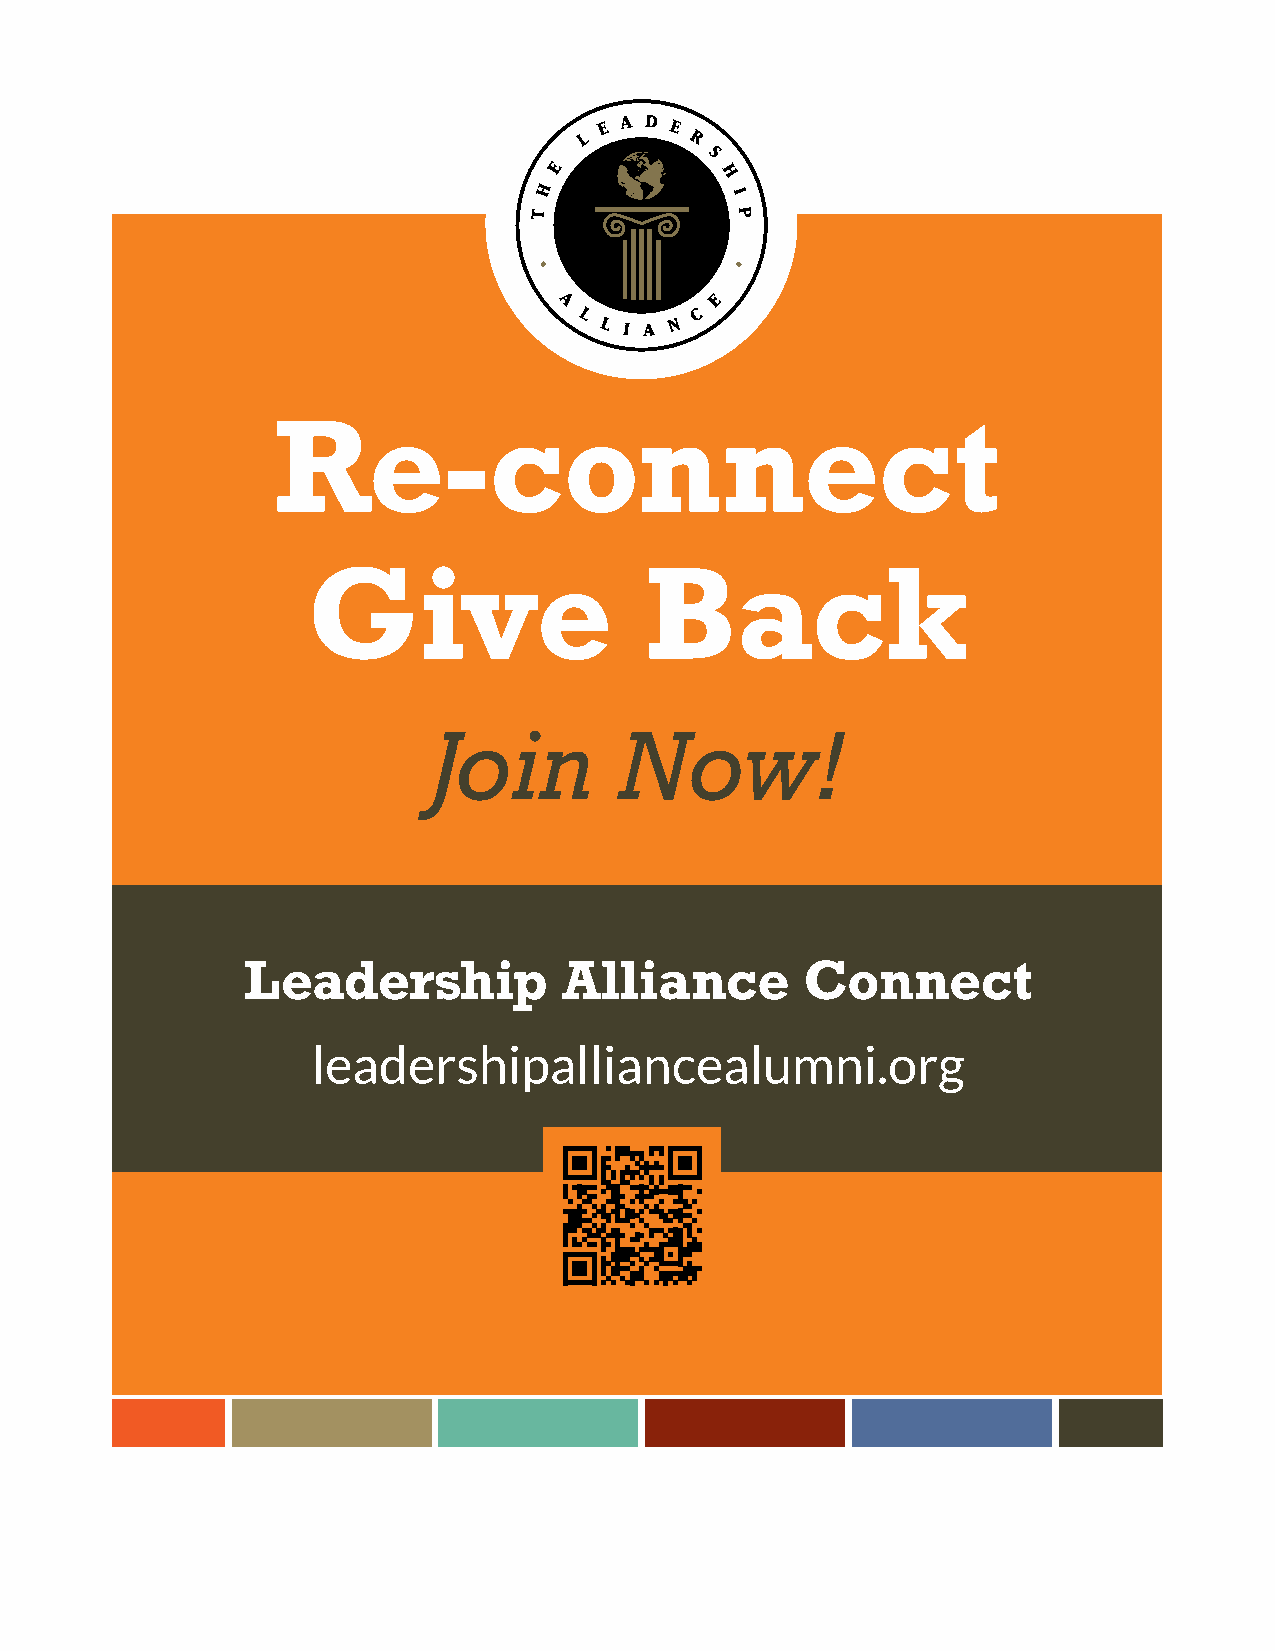
Re-connect
 Give                   Back
 Join        Now!
 Leadership           Alliance        Connect
 leadershipalliancealumni.org